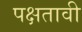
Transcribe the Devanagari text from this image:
पक्षतावी